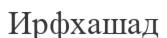
Ирфхашад